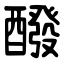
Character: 醱